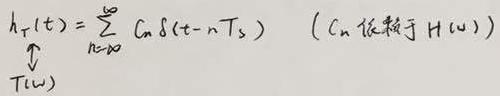
\[ h_T(t)=\sum_{n = -\infty}^{\infty} C_n \delta(t - nT_s) \quad (C_n 依赖于 H(\omega)) \]
\[ \uparrow \]
\[ T(\omega) \]